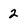
Character: 2